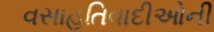
વસાહતિવાદીઓની